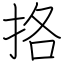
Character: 挌